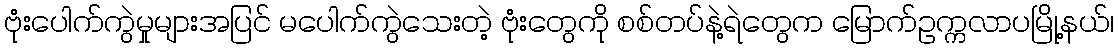
ဗုံးပေါက်ကွဲမှုများအပြင် မပေါက်ကွဲသေးတဲ့ ဗုံးတွေကို စစ်တပ်နဲ့ရဲတွေက မြောက်ဥက္ကလာပမြို့နယ်၊